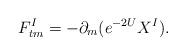
LaTeX: \begin{align*}F_{tm}^I=-\partial_m(e^{-2U}X^I).\end{align*}